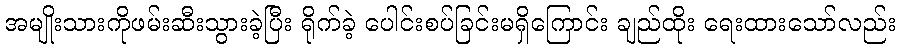
အမျိုးသားကိုဖမ်းဆီးသွားခဲ့ပြီး ရိုက်ခဲ့ ပေါင်းစပ်ခြင်းမရှိကြောင်း ချည်ထိုး ရေးထားသော်လည်း